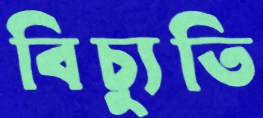
বিচ্যুতি